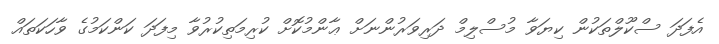
އެފަދަ ސްކޫލްތަކުން ކިޔަވާ މުސްލިމް ދަރިވަރުންނަށް ޢާންމުކޮށް ކުރިމަތިކުރުވާ މިފަދަ ކަންކަމުގެ ވާހަކަތައް